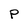
Character: P